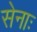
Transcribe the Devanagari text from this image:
सेनाः